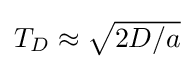
{\textstyle T_{D}\approx {\sqrt {2D/a}}}